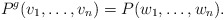
\begin{align*}P^g(v_1, \ldots, v_n)=P(w_1, \ldots, w_n).\end{align*}